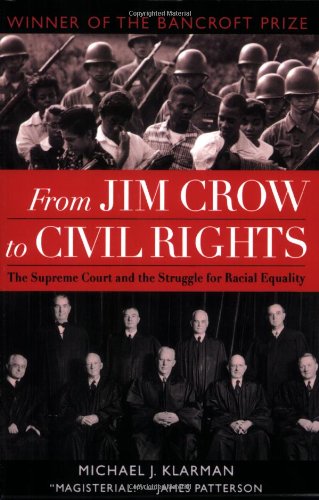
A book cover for From Jim Crow to Civil Rights: The Supreme Court and the Struggle for Racial Equality; Michael J. Klarman; Law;